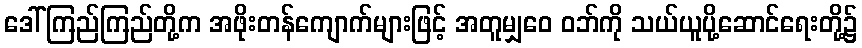
ဒေါ်ကြည်ကြည်တို့က အဖိုးတန်ကျောက်များဖြင့် အတူမျှဝေ ဝဘ်ကို သယ်ယူပို့ဆောင်ရေးတို့၌